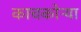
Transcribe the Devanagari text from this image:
काचकोऱ्या